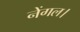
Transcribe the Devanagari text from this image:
नेंगल।